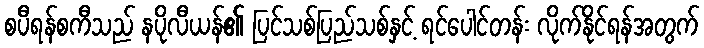
စပီရန်စကီသည် နပိုလီယန်၏ ပြင်သစ်ပြည်သစ်နှင့် ရင်ပေါင်တန်း လိုက်နိုင်ရန်အတွက်